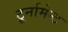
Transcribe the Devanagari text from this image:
टूर्नामेन्‍ट